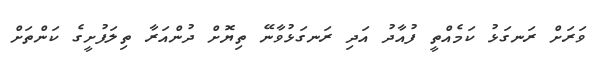
ވަރަށް ރަނގަޅު ކަމެއްތީ ފުއާދު އަދި ރަނގަޅުވާނޭ ތިޔޮށް ދުންއަރާ ތިލަފުށީގެ ކަންތަށް